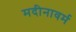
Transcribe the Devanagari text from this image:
मदीनावर्म